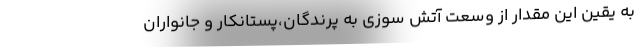
به یقین این مقدار از وسعت آتش سوزی به پرندگان،پستانکار و جانواران